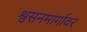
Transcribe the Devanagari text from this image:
श्वसनमार्गावर